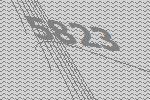
5823